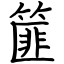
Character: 篚